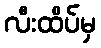
လီးထိပ်မှ